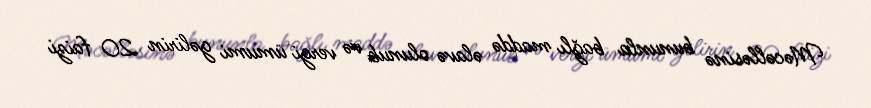
Məcəlləsinə bununla bağlı maddə əlavə olunub və vergi ümumi gəlirin 20 faizi